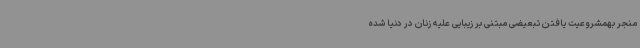
منجر بهمشروعیت یافتن تبعیضی مبتنی بر زیبایی علیه زنان در دنیا شده